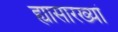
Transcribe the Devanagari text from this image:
ह्यासारख्यां